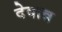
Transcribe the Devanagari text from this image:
देवान्न